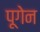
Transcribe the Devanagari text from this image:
पूगेन